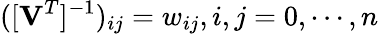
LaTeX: ([\mathbf{V}^{T}]^{-1})_{ij}=w_{ij},i,j=0,\cdots,n